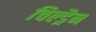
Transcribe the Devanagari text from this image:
चिल्ड्रैन